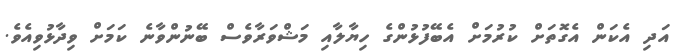
އަދި އެކަން އެގޮތަށް ކުރުމަށް އެބޭފުޅުންގެ ހިޔާލާއި މަޝްވަރާވެސް ބޭނުންވާނެ ކަމަށް ވިދާޅުވިއެވެ.